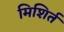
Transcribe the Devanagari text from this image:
मिशिर्त